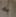
به